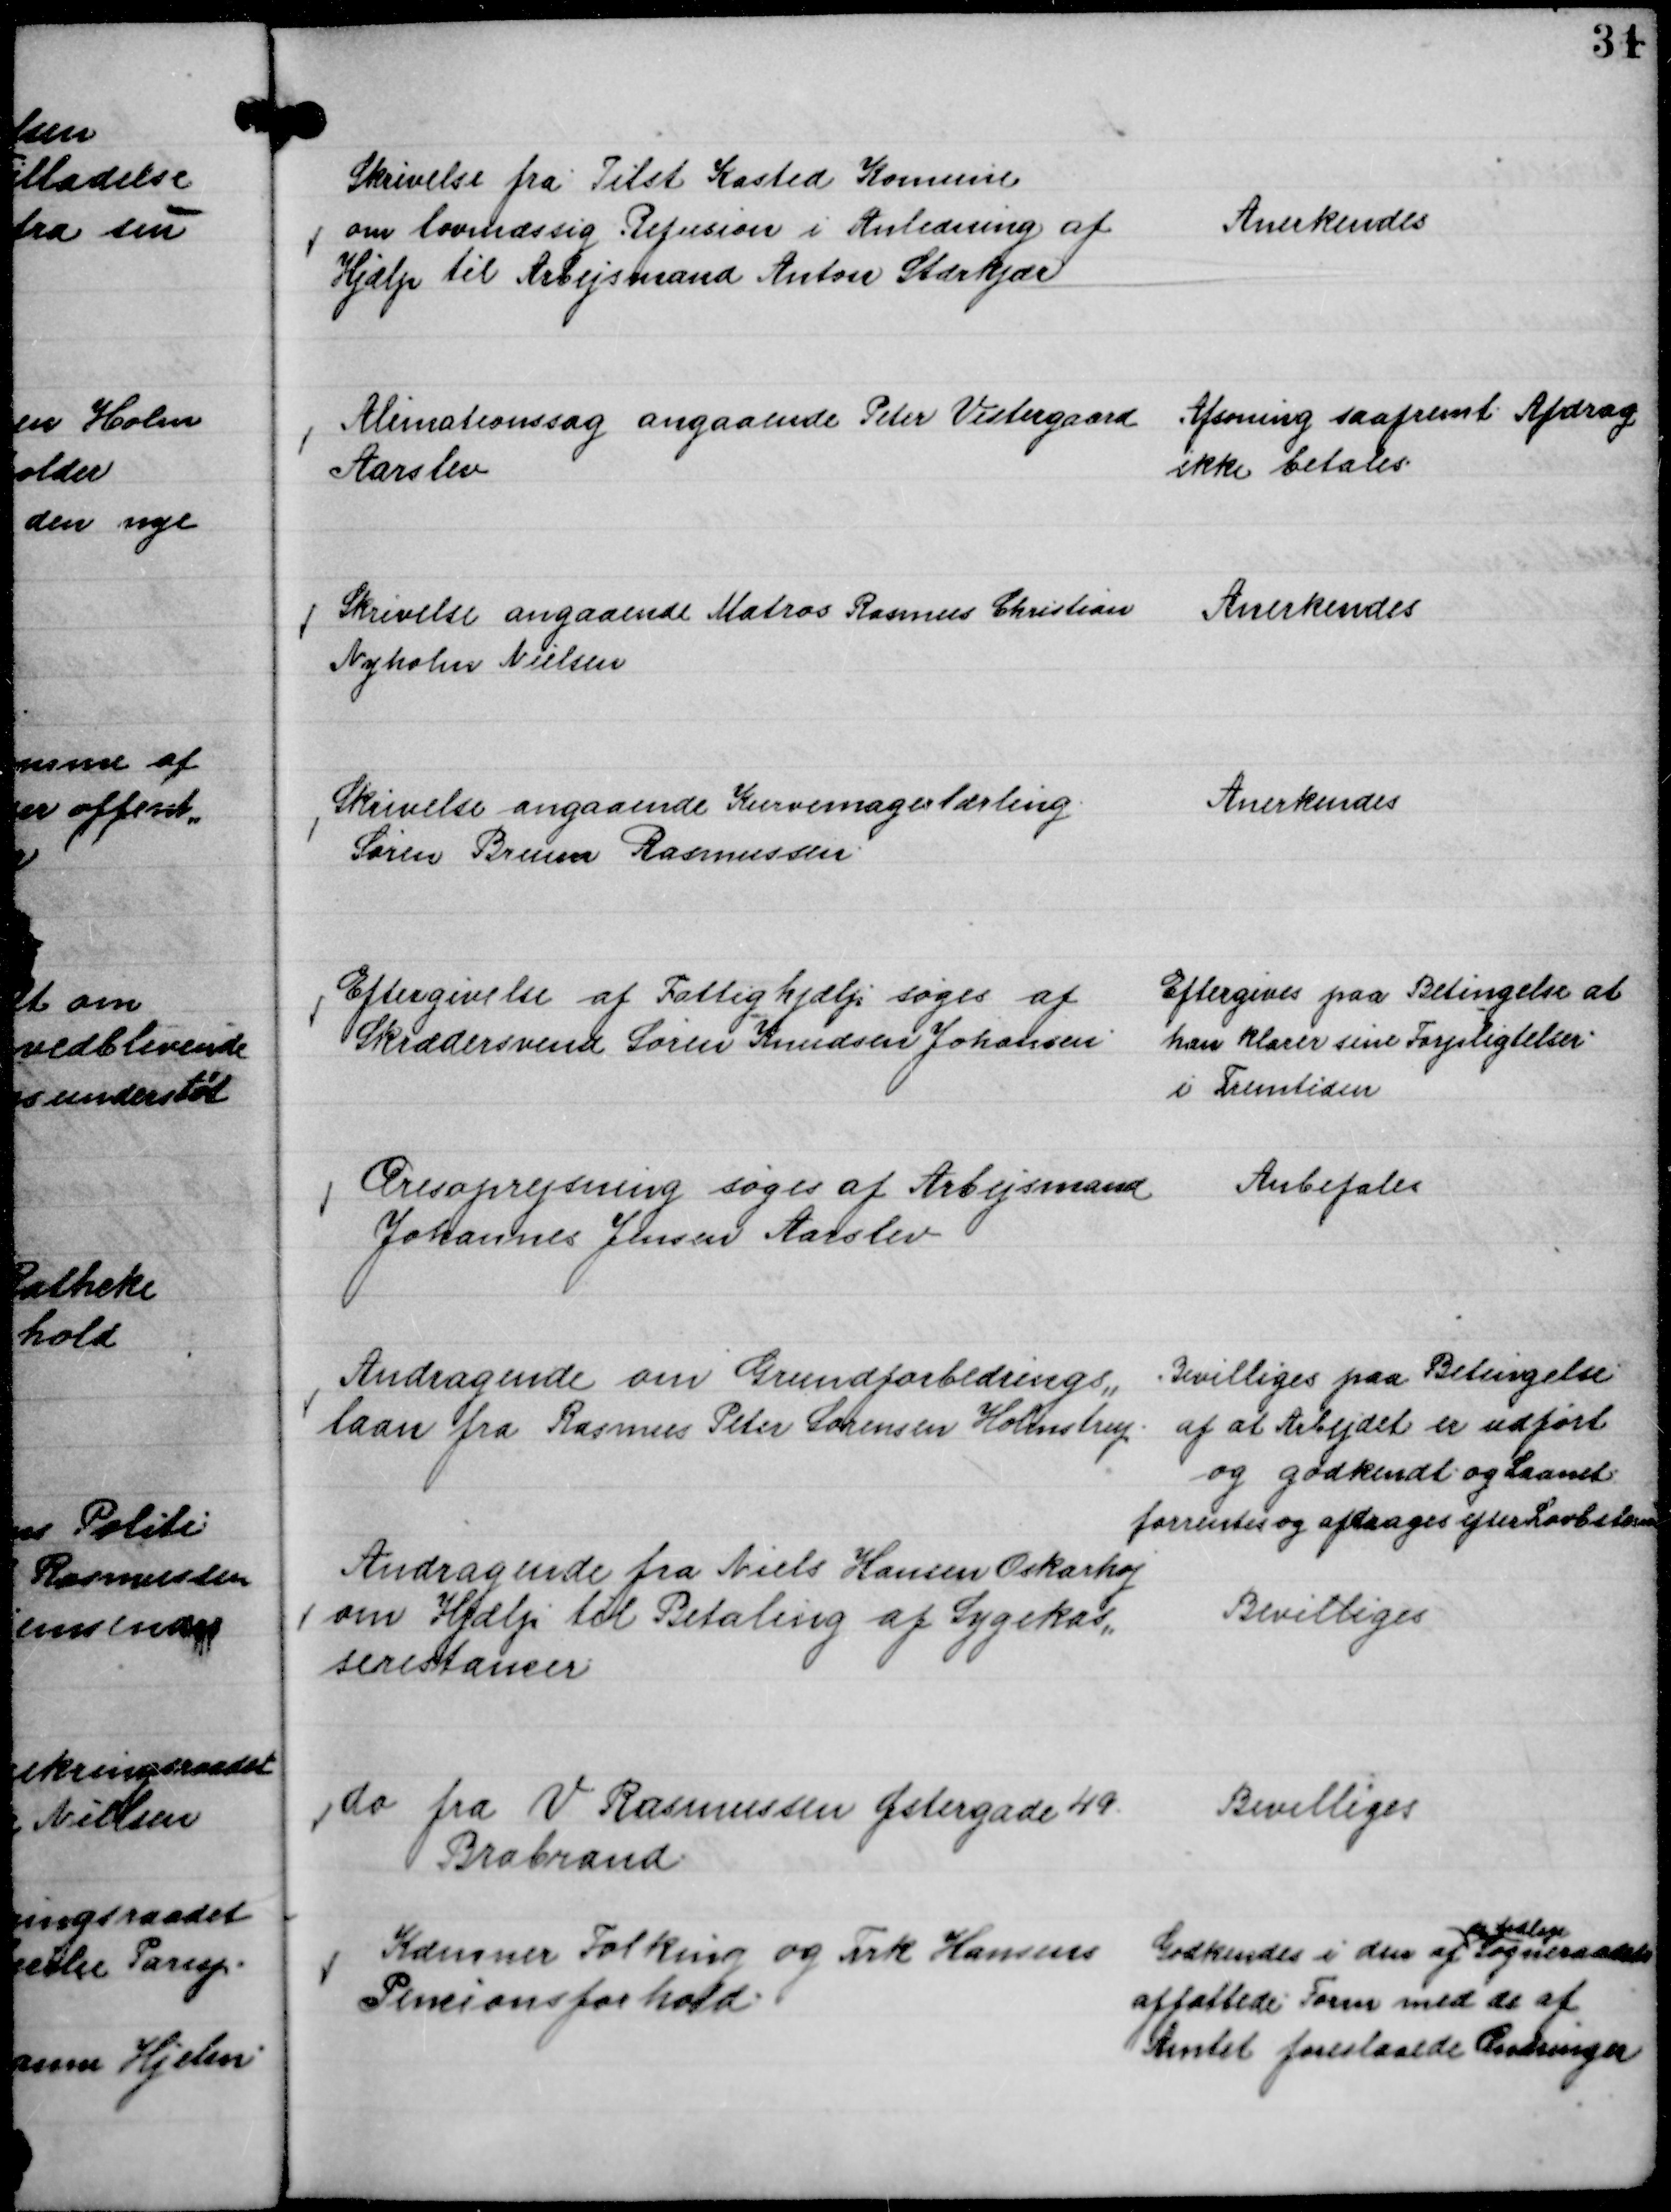
Transskription:
Skrivelse fra Tilst Kasted Komune
om lovmæssig Refusion i Anledning af
Hjælp til Arbejsmand Anton Stærkjær

Anerkendes

Alimationssag angaaende Peter Vestergaard
Aarslev

Afsoning saafremt Afdrag
ikke betales.

Skrivelse angaaende Matros Rasmus Christian
Nyholm Nielsen

Anerkendes

Skrivelse angaaende Kurvemagerlærling.
Søren Bruun Rasmussen.

Anerkendes

Eftergivelse af Fattighjælp søges af
Skrædersvend Søren Knudsen Johansen.

Eftergives paa Betingelse at
han klarer sine Forpligtelser
i Fremtiden

Æresoprejsning søges af Arbejdsmand
Johannes Jensen Aarslev

Anbefales

Andragende om Grundforbedrings,,
laan fra Rasmus Peter Sørensen Holmstrup

Bevilliges paa Betingelse
af at Arbejdet er udført
og godkendt og Laanet
forrentes og afdrages efter Lovbetasen

Andragende fra Niels Hansen Oskarhøj
om Hjælp til Betaling af Sygekas,,
serestancer

Bevilliges

do fra V Rasmussen Østergade 49.
Brabrand

Bevilliges

Kæmner Folking og Frk Hansens
Pencionsforhold.

Godkendes i den af
de tidlige
Sogneraadets
affattede Form med de af
Amtet foreslaaede Ændringer